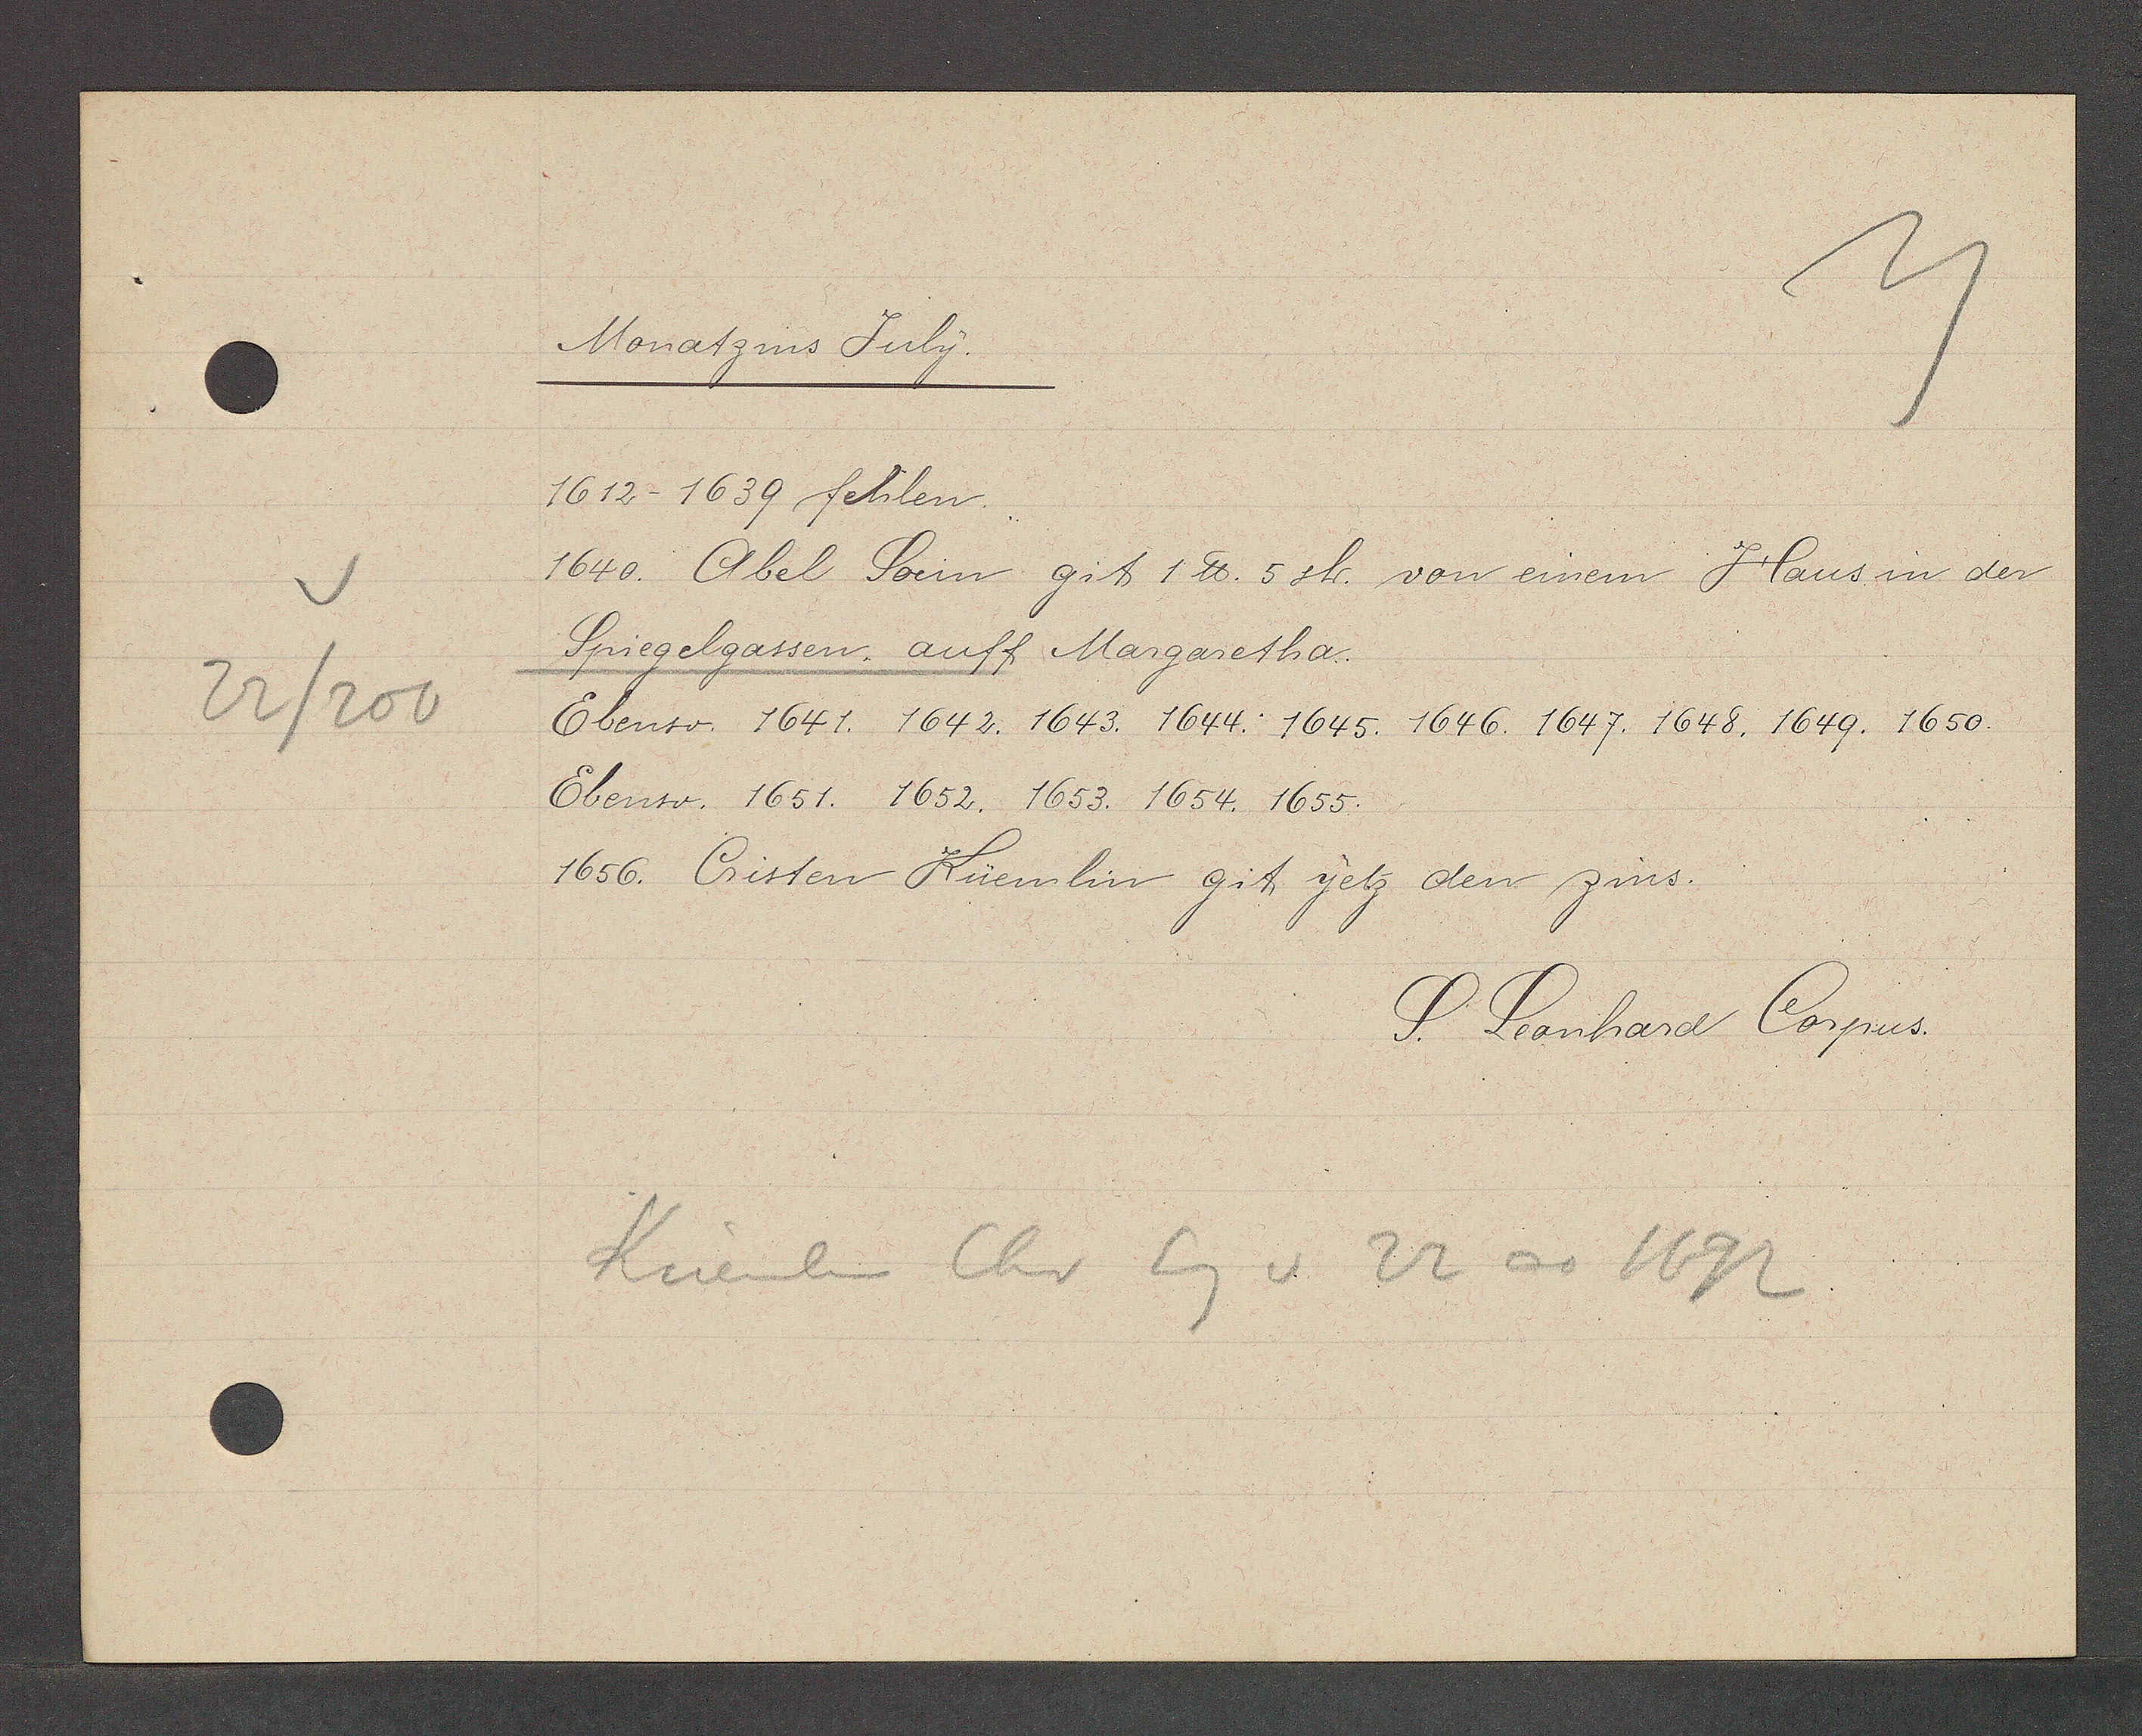
Transcript:
22/200

Monatzins July.

1612-1639 fehlen.
1640. Abel Socin git 1 ℔. 5 sh. von einem Haus in der
Spiegelgassen, auff Margaretha.
Ebenso. 1641. 1642. 1643. 1644. 1645. 1646. 1647. 1648. 1649. 1650.
Ebenso. 1651. 1652. 1653. 1654. 1655.
1656. Christen Küemlin git yetz den zins.

S. Leonhard Corpus.

Küemlin Chr Eg v 22 ao 1692